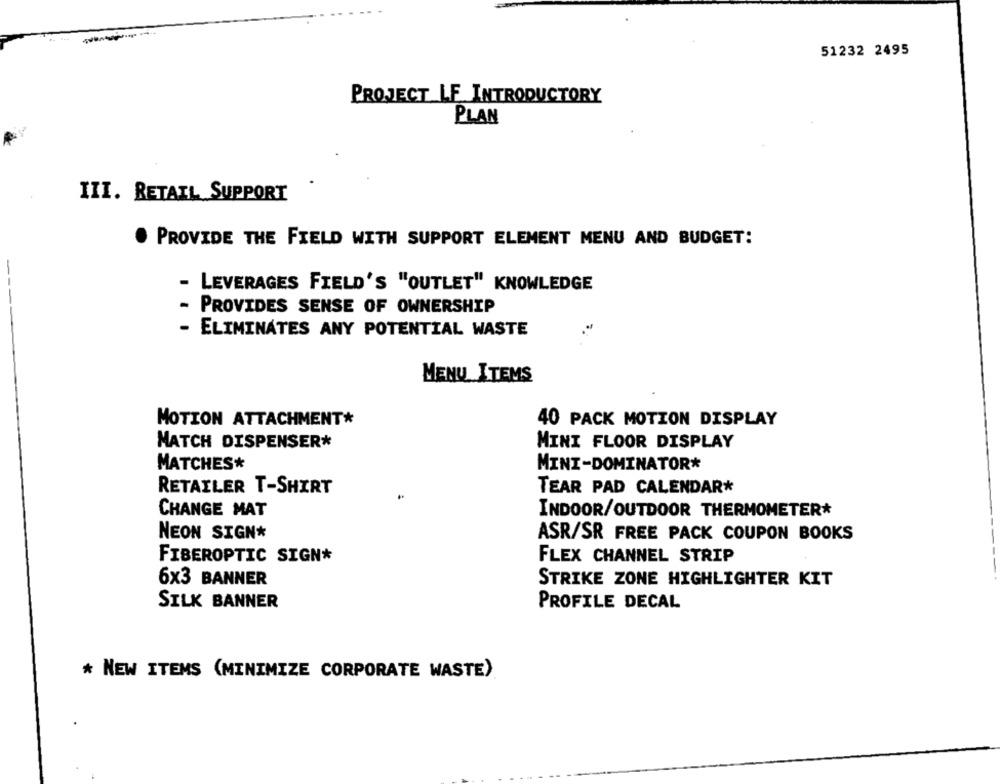
51232 2495
PROJECT LE INTRODUCTORY
PLAN
III. RETAIL SUPPORT
PROVIDE THE FIELD WITH SUPPORT ELEMENT MENU AND BUDGET:
-
- LEVERAGES FIELD'S "OUTLET" KNOWLEDGE
PROVIDES SENSE OF OWNERSHIP
- ELIMINATES ANY POTENTIAL WASTE
MENU ITEMS
MOTION ATTACHMENT*
40 PACK MOTION DISPLAY
MATCH DISPENSER*
MINI FLOOR DISPLAY
MATCHES*
MINI-DOMINATOR*
RETAILER T-SHIRT
TEAR PAD CALENDAR*
CHANGE MAT
INDOOR/OUTDOOR THERMOMETER*
NEON SIGN*
ASR/SR FREE PACK COUPON BOOKS
FLEX CHANNEL STRIP
FIBEROPTIC SIGN*
6×3 BANNER
STRIKE ZONE HIGHLIGHTER KIT
SILK BANNER
PROFILE DECAL
* NEW ITEMS (MINIMIZE CORPORATE WASTE)